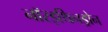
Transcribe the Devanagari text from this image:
नॉरइथिनड्रोन